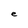
Character: e